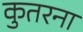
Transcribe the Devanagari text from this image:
कुतरना